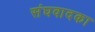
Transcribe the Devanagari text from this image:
संघवादका